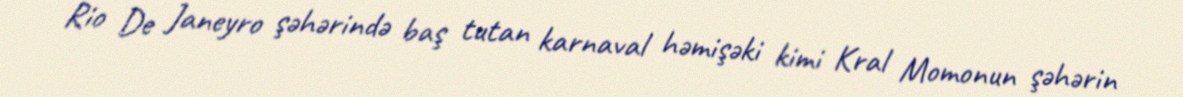
Rio De Janeyro şəhərində baş tutan karnaval həmişəki kimi Kral Momonun şəhərin